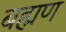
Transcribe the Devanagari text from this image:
बह्मण